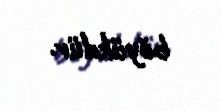
böyükdür.